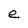
Character: e